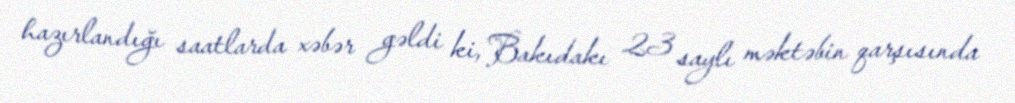
hazırlandığı saatlarda xəbər gəldi ki, Bakıdakı 23 saylı məktəbin qarşısında